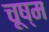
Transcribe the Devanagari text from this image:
चूष्म